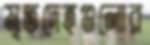
মৃতদেহগুলোর